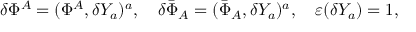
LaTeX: \delta \Phi ^ { A } = ( \Phi ^ { A } , \delta Y _ { a } ) ^ { a } , \quad \delta \bar { \Phi } _ { A } = ( \bar { \Phi } _ { A } , \delta Y _ { a } ) ^ { a } , \quad \varepsilon ( \delta Y _ { a } ) = 1 ,